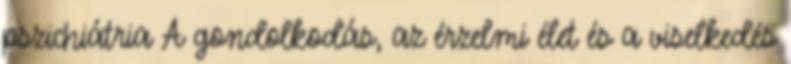
pszichiátria A gondolkodás, az érzelmi élet és a viselkedés